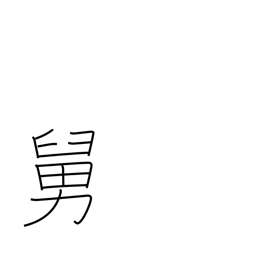
Meaning: father-in-law